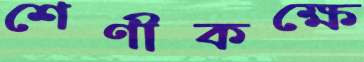
শেণীকক্ষে